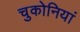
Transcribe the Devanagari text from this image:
चुकोनियां